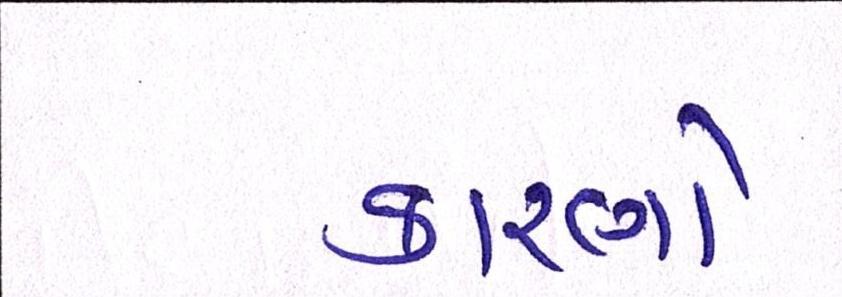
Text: કારણો